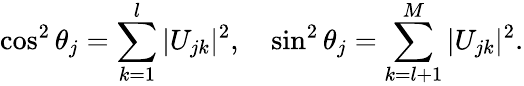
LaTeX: \cos^{2}{\theta_{j}}=\sum_{k=1}^{l}\vert U_{jk}\vert^{2},\quad\sin^{2}{\theta_{j}}=\sum_{k=l+1}^{M}\vert U_{jk}\vert^{2}.